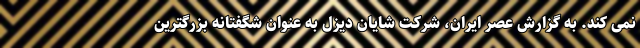
نمی کند. به گزارش عصر ایران، شرکت شایان دیزل به عنوان شگفتانه بزرگترین